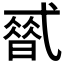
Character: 𰐒